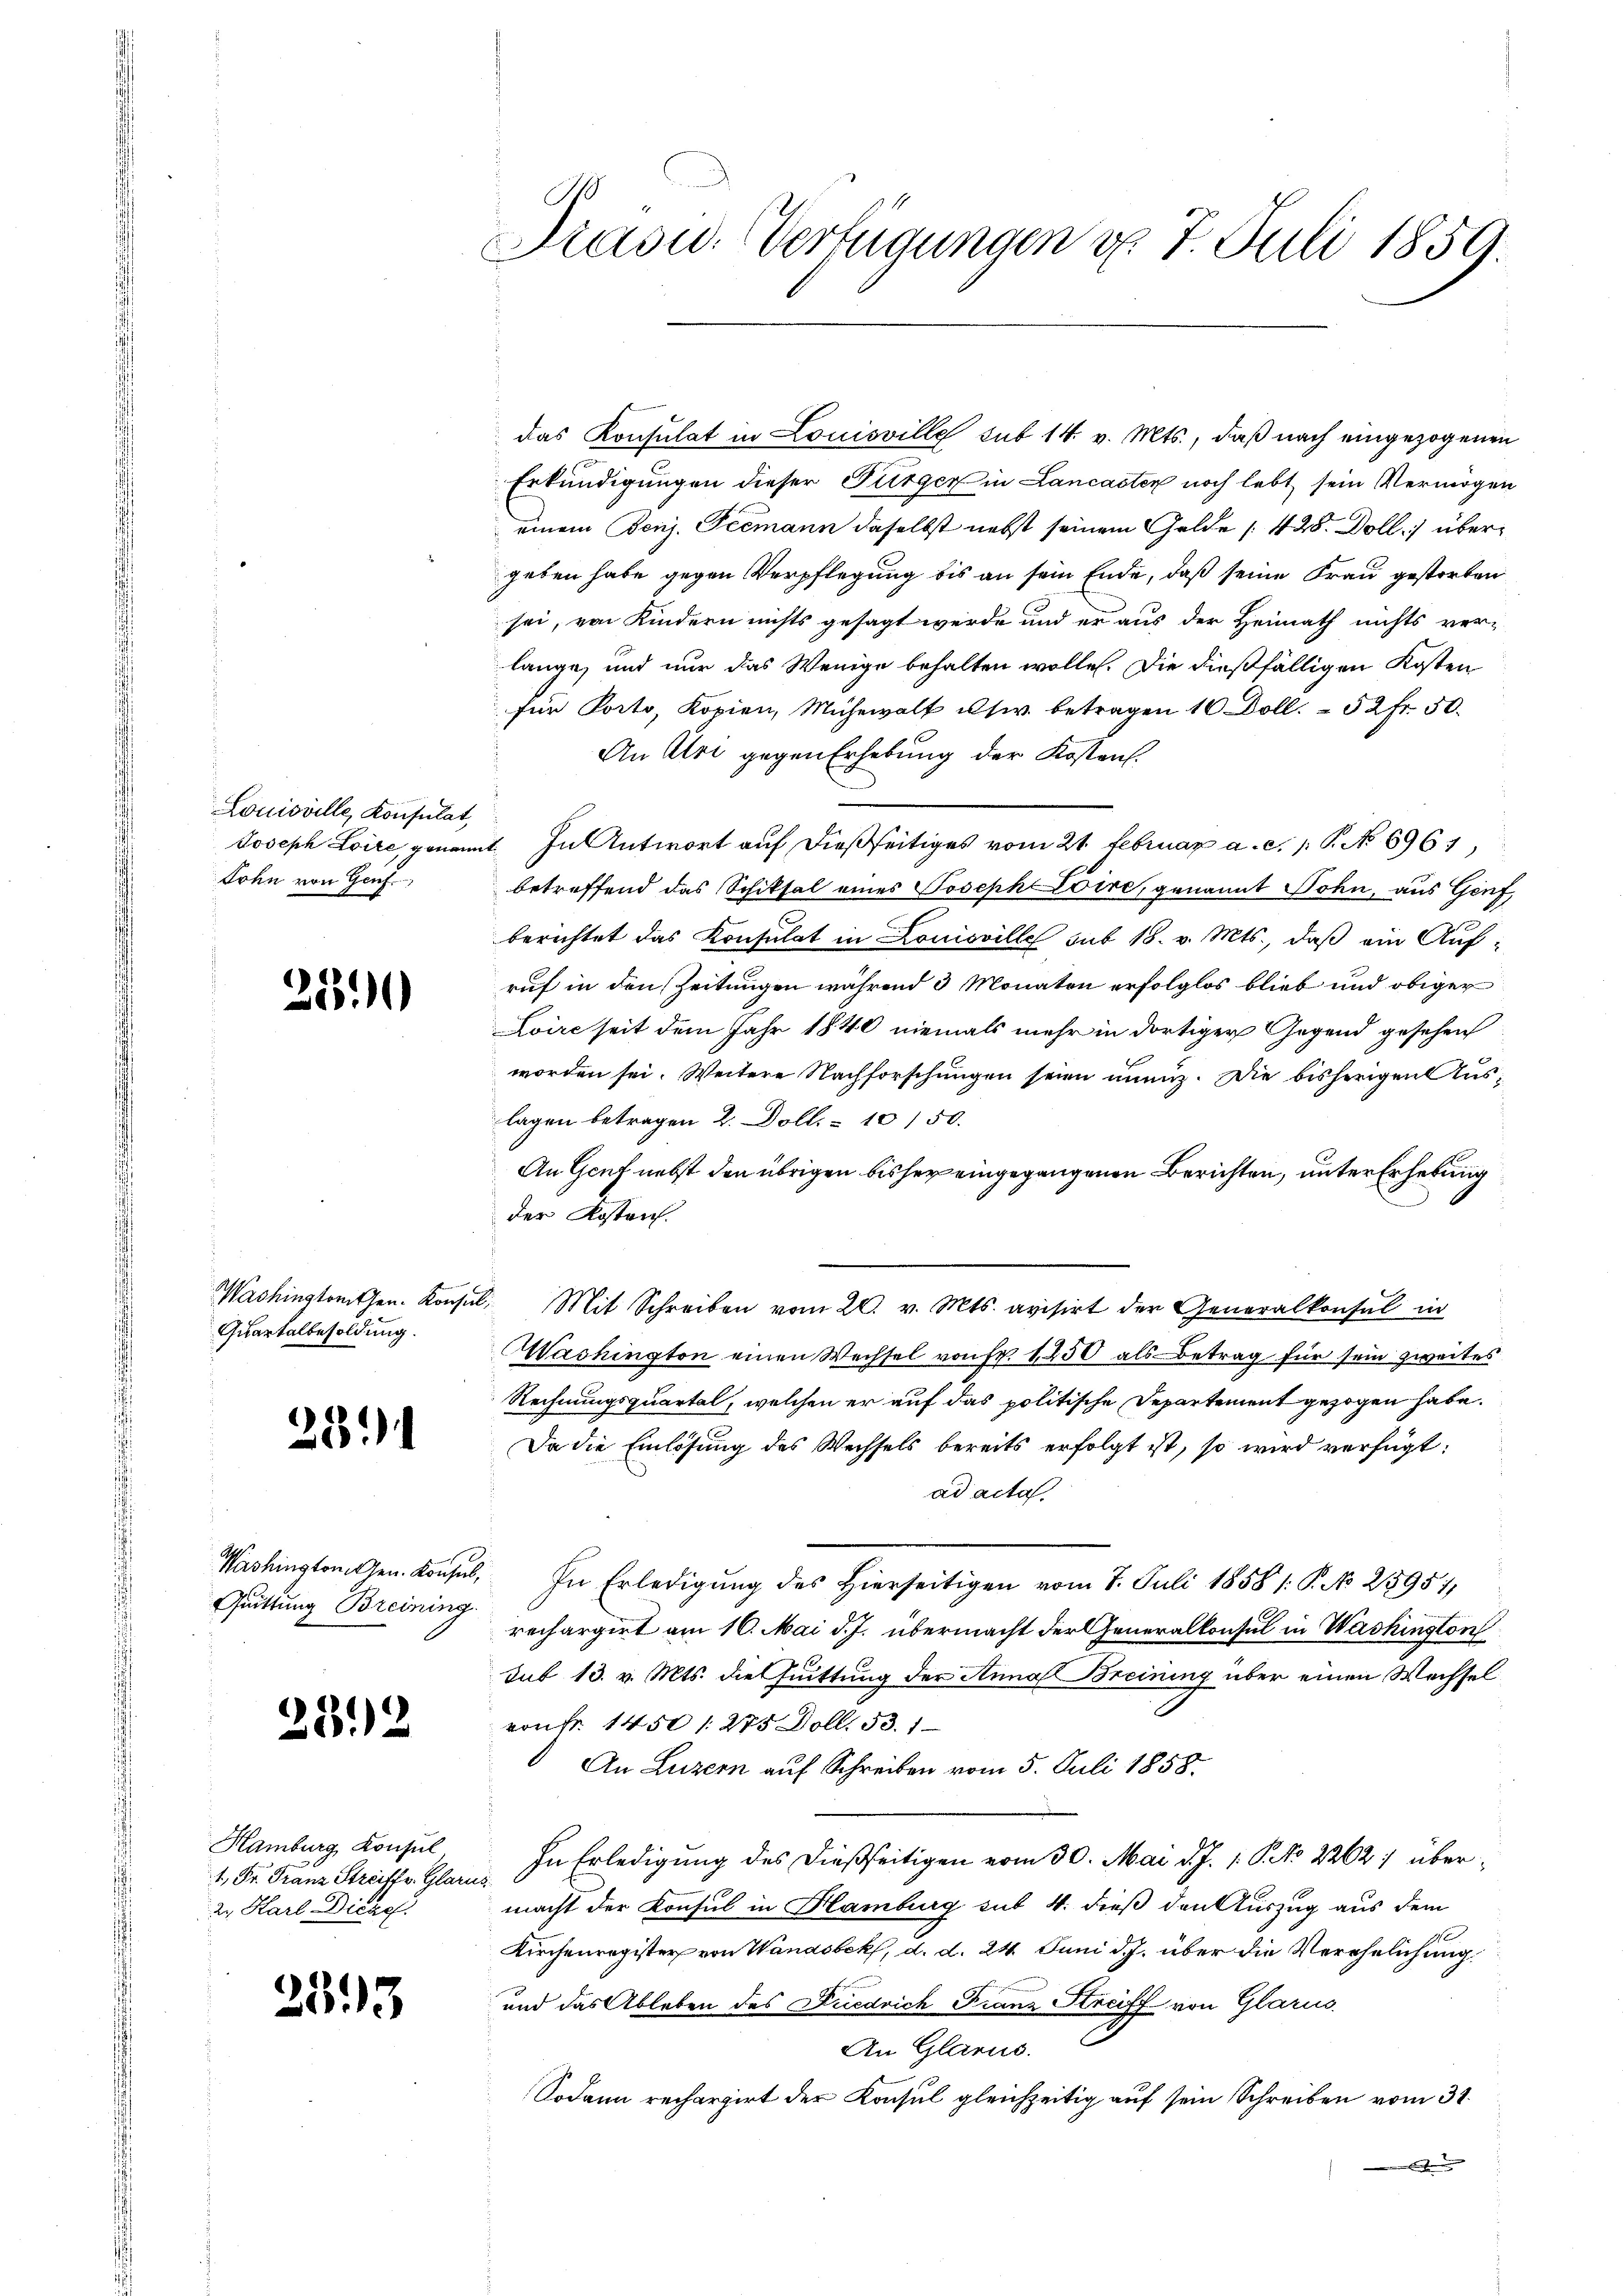
Louisville, Konsulat,
Lohn von Genf.

25

Washingtonthen. Konsul
Quartalbesoldung.

281

Washington Gen. Konsul,
Quittung Breining.

25.2

Hamburg, Konsul
1, Dr. Franz Streiffe. Glarus
2. Karl Dicag

233

Prasid. Verfügungen d. 7. Juli 1859.

das Konsulat in Louisville sub 14. v. Mts., daß nach eingezogenen
Erkundigungen dieser Turger in Lancaster noch lebt sein Vermögen
einem Benj. Teemann daselbst nebst seinem Gelde [428. Doll) übergeben habe gegen Verpflegung bis an sein Ende, daß seine Frau gestorben
sei, von Kindern nichts gesagt werde und er aus der Heimath nichts ver-
lange, und nur das Wenige behalten wolle. Die dießfälligen Kosten
für Porto, Kopien, Mühewalt usw. betragen 10 Doll. 52 fr. 50.
An Uri gegen Erhebung der Kostens.
Joseph Loire genannt. In Antwort auf dießseitiges vom 21. Februar a. c. 1 P. No 6961,
betreffend das Schiksal eines Joseph Loire, genannt Sohn, aus Genf,
berichtet das Konsulat in Louisville sub 18. v. Mts., daß ein Auf-
ruf in den Zeitungen während 3 Monaten erfolglos blieb und obiger
Loire seit dem Jahr 1840 niemals mehr in dortiger Gegend gesehen
worden sei. Weitere Nachforschungen seien unenz. Die bisherigen Auslagen betragen 2. Doll. 10150.
An Genf nebst den übrigen bisher eingegangenen Berichten, unter Erhebung
der Kostens.
. Mit Schreiben vom 20. v. Mts. avisirt der Generalkonsul in
Washington einen Wechsel von Fr. 1450 als Betrag für sein zweites
Rechnungsquartal, welchen er auf das politische Departement gezogen habe.
Da die Einlösung des Wechsels bereits erfolgt ist, so wird verfügt:
ad acta.
. In Erledigung des Hierseitigen vom 7. Juli 1858 /: P. No 25951/
rechargirt am 16. Mai d. J. übermacht der Generalkonsul in Washington
sub 13. v. Mts. die Guittung der Anna Breining über einen Wechsel
von Fr. 1450 1275 Doll. 53. 1
An Luzern auf Schreiben vom 5. Juli 1858.
In Erledigung des dießseitigen vom 30. Mai d. J. 1. P. No 2262: über¬
.
macht der Konsul in Hamburg sub 4. dieß den Auszug aus dem
Kirchenregister von Wanasbek, d. d. 24. Juni d. J. über die Verehelichung
und das Ableben des Diedrich Franz Streiff von Glarus.
An Glarus.
Sodann rechargirt der Konsul gleichzeitig auf sein Schreiben vom 31.